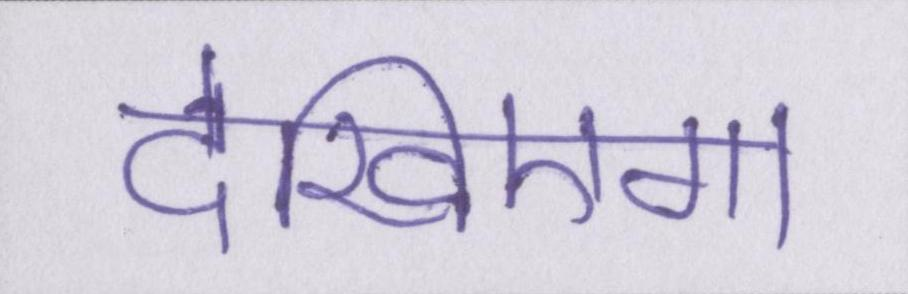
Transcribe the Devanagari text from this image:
देखिएगा